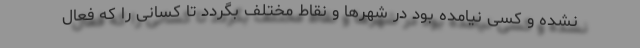
نشده و کسی نیامده بود در شهرها و نقاط مختلف بگردد تا کسانی را که فعال